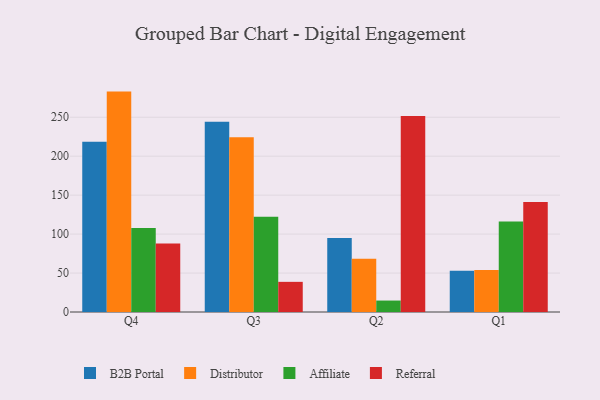
{"axis": {"x": "Quarter", "y": "Customer Acquisition Cost (USD)"}, "legend": ["Affiliate", "B2B Portal", "Distributor", "Referral"], "data": [{"x": "Q4", "y": 218.5, "type": "B2B Portal"}, {"x": "Q4", "y": 282.9, "type": "Distributor"}, {"x": "Q4", "y": 107.7, "type": "Affiliate"}, {"x": "Q4", "y": 88.0, "type": "Referral"}, {"x": "Q3", "y": 244.3, "type": "B2B Portal"}, {"x": "Q3", "y": 224.3, "type": "Distributor"}, {"x": "Q3", "y": 122.2, "type": "Affiliate"}, {"x": "Q3", "y": 38.7, "type": "Referral"}, {"x": "Q2", "y": 94.9, "type": "B2B Portal"}, {"x": "Q2", "y": 68.5, "type": "Distributor"}, {"x": "Q2", "y": 14.7, "type": "Affiliate"}, {"x": "Q2", "y": 251.6, "type": "Referral"}, {"x": "Q1", "y": 52.8, "type": "B2B Portal"}, {"x": "Q1", "y": 53.8, "type": "Distributor"}, {"x": "Q1", "y": 116.3, "type": "Affiliate"}, {"x": "Q1", "y": 141.2, "type": "Referral"}]}